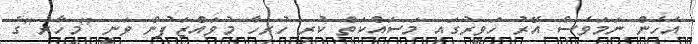
އެހެން ނަމަވެސް އޭރު ހަވީރުގައި މަސައްކަތް ކުރި ހުރިހާ މުވައްޒަފުން ވަނީ "މިހާރު"ގެ